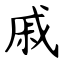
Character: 戚